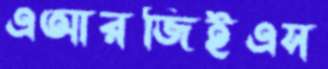
এআরজিইএস